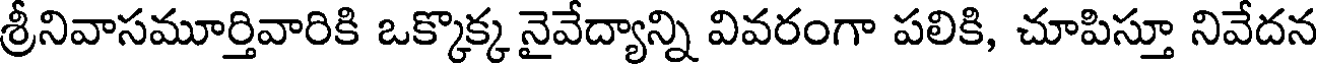
శ్రీనివాసమూర్తివారికి ఒక్కొక్క నైవేద్యాన్ని వివరంగా పలికి, చూపిస్తూ నివేదన